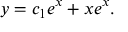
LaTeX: y = c _ { 1 } e ^ { x } + x e ^ { x } .